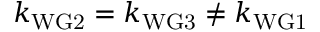
k _ { \mathrm { W G 2 } } = k _ { \mathrm { W G 3 } } \neq k _ { \mathrm { W G 1 } }